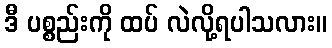
ဒီ ပစ္စည်းကို ထပ် လဲလို့ရပါသလား။